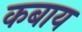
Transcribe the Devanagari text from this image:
कबाय